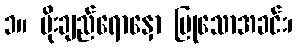
၁။ ပိုးချည်ရောနှော ပြုသောအခင်း၊